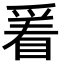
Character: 𬋭